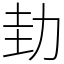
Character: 劸